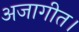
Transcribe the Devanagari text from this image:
अजागीत।